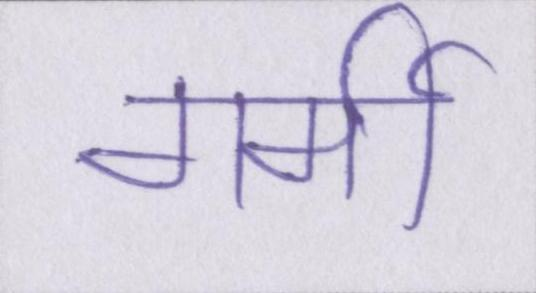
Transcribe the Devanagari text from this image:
गर्मी